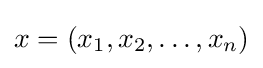
x=(x_{1},x_{2},\ldots ,x_{n})